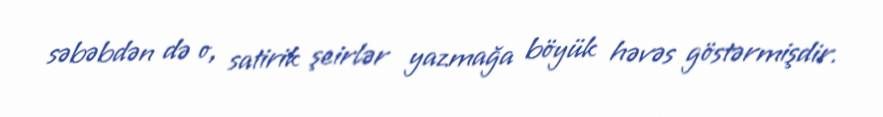
səbəbdən də o, satirik şeirlər yazmağa böyük həvəs göstərmişdir.